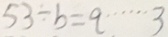
5 3 \div b = 9 \cdots 3